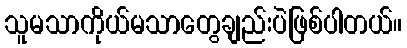
သူမသာကိုယ်မသာတွေချည်းပဲဖြစ်ပါတယ်။